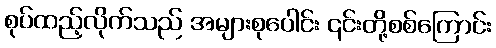
စုပ်ထည့်လိုက်သည် အများစုပေါင်း ၎င်းတို့စစ်ကြောင်း